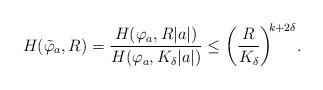
LaTeX: \begin{align*} H(\tilde\varphi_a,R)=\frac{H(\varphi_a,R|a|)}{H(\varphi_a,K_\delta|a|)}\leq \bigg(\frac{R}{K_\delta}\bigg)^{\!\!k+2\delta}.\end{align*}